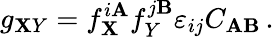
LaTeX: g_{\mathbf{X}Y}=f_{\mathbf{X}}^{i\mathbf{A}}f_{Y}^{j\mathbf{B}}\varepsilon_{ij}C_{\mathbf{A}\mathbf{B}}\, .